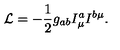
{ \cal L } = - \frac { 1 } { 2 } g _ { a b } I _ { \mu } ^ { a } I ^ { b \mu } .